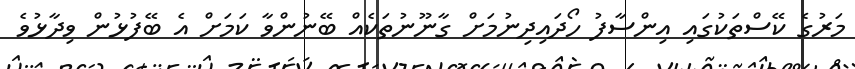
މަރުގެ ކޭސްތަކުގައި އިންސާފު ހޯދައިދިނުމަށް ގާނޫނުތަކެއް ބޭނުންވާ ކަމަށް އެ ބޭފުޅުން ވިދާޅުވެ